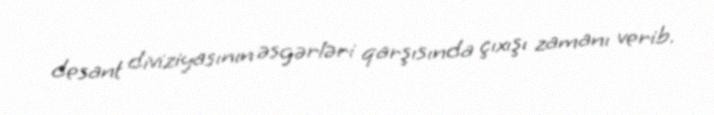
desant diviziyasının əsgərləri qarşısında çıxışı zamanı verib.